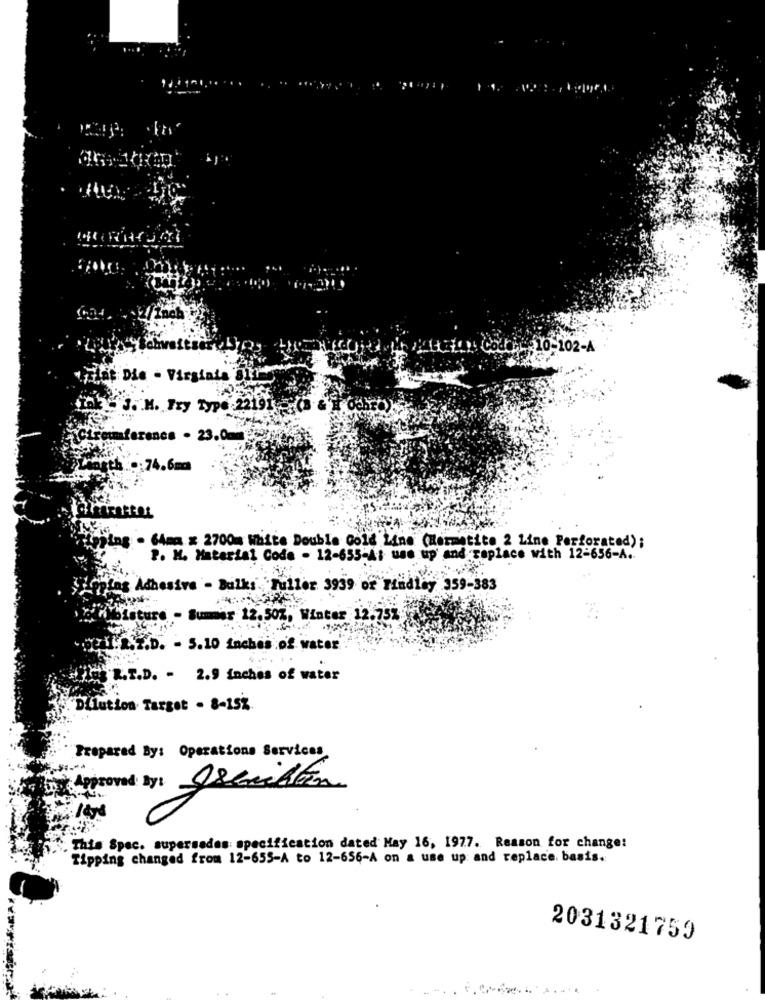
11): Codos 10-102-A
Tilat Die . Virginia
J.M. Fry Type :22191
ferencs . 23.00
...: 74.6m
jing . 64ma x 2700m White Double Gold Line (Hermatite 2 Line Perforated);
P. M. Material Code - 12-655-Ai use up' and replace with 12-656-A ..
LOping Adhesive - Bulks. Tuller 3939 or Findlay 359-383
Moisture - Summer 12.50%, Winter 12.75%
1.A.Z.D. - 5.10 inches of water
R.T.D. - 2.9 inches of water
"Dilution Target - 8-15%.
Prepared By: Operations Services
Approved By: Iscrittin
This Spec. supersades specification dated May 16, 1977. Reason for change:
Tipping changed from 12-655-A to 12-656-A on a use up and replace. basis.
2031321759